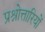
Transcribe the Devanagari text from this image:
प्रश्नोत्तारियों